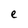
Character: e